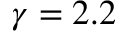
\gamma = 2 . 2